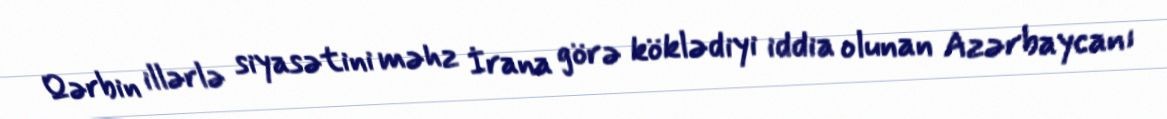
Qərbin illərlə siyasətini məhz İrana görə köklədiyi iddia olunan Azərbaycanı